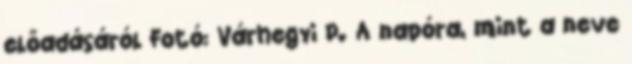
előadásáról Fotó: Várhegyi P. A napóra, mint a neve